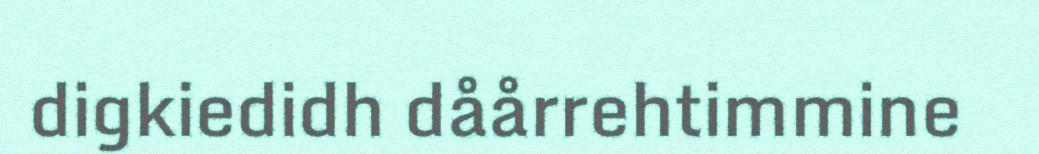
digkiedidh dåårrehtimmine